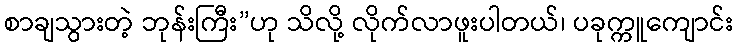
စာချသွားတဲ့ ဘုန်းကြီး”ဟု သိလို့ လိုက်လာဖူးပါတယ်၊ ပခုက္ကူကျောင်း